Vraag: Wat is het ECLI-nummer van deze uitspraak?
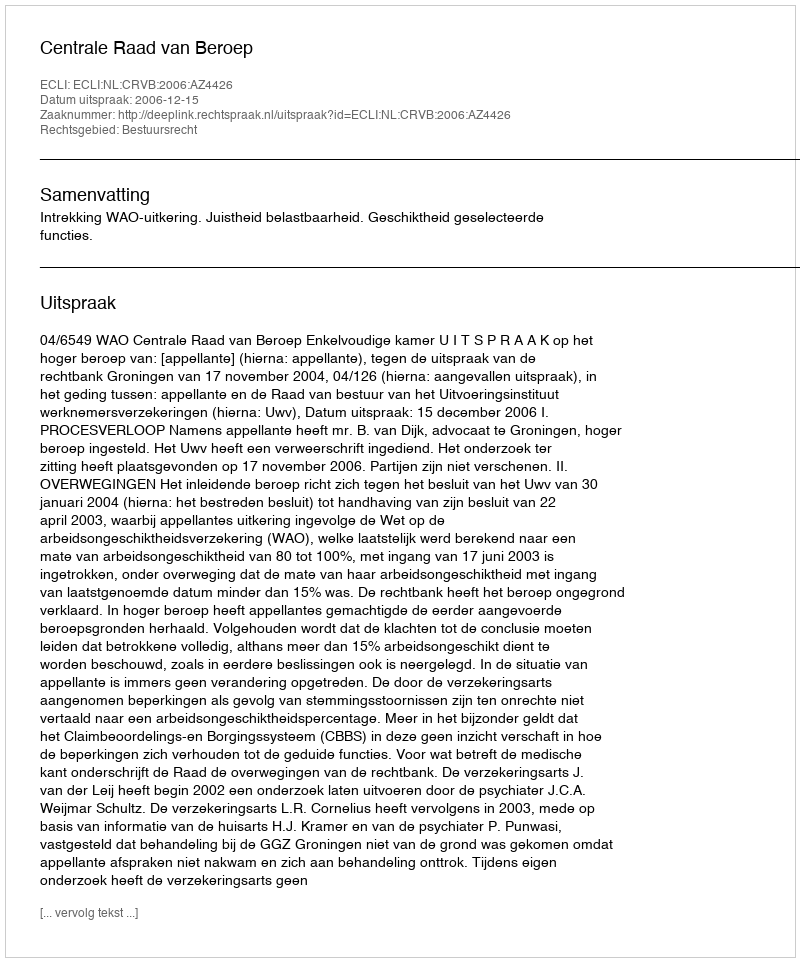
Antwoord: ECLI:NL:CRVB:2006:AZ4426